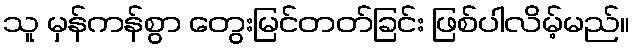
သူ မှန်ကန်စွာ တွေးမြင်တတ်ခြင်း ဖြစ်ပါလိမ့်မည်။